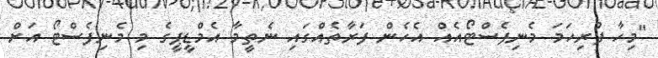
"މިހާ ފުރިހަމަ މެނިފެސްޓޯއެއް އެހެން ފަރާތެއްގައި ނެތީމާ އެމްޑީޕީގެ މި މެނިފެސްޓޯ އަށް